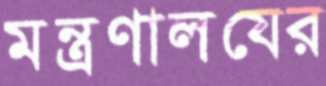
মন্ত্রণালযের